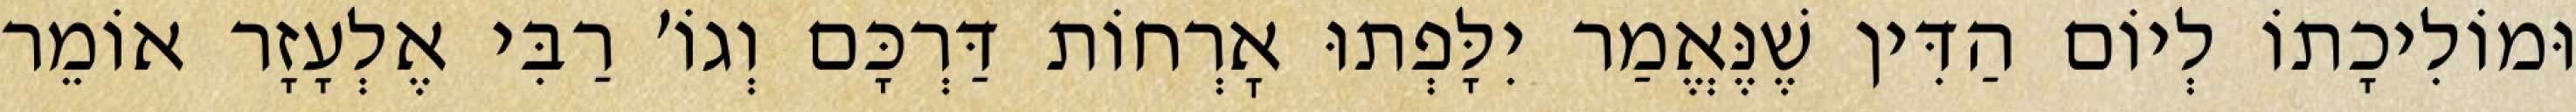
וּמוֹלִיכָתוֹ לְיוֹם הַדִּין שֶׁנֶּאֱמַר יִלָּפְתוּ אׇרְחוֹת דַּרְכָּם וְגוֹ׳ רַבִּי אֶלְעָזָר אוֹמֵר